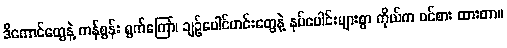
ဒီကောင်တွေနဲ့ ကန်စွန်း ရွက်ကြော်၊ ချဉ်ပေါင်ဟင်းတွေနဲ့ နပ်ပေါင်းများစွာ ကိုယ်က ဝင်စား ထားတာ။